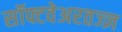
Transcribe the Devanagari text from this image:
सॉफ्टवेअरतज्ज्ञ